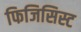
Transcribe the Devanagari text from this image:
फिजिसिस्ट